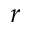
r